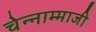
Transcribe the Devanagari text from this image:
चेन्‍नाम्‍माजी